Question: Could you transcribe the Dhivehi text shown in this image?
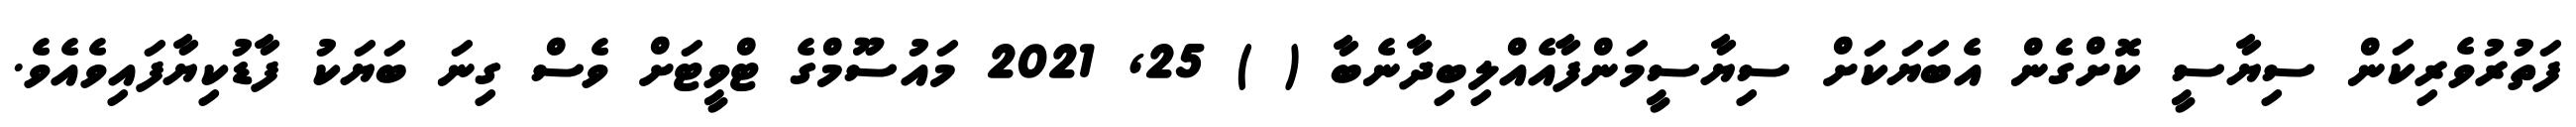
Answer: ފަތުރުވެރިކަން ސިޔާސީ ކޮށްގެން އެބަޔަކަށް ސިޔާސީމަންފާއެއްލިބިދާނެބާ ( ) 25, 2021 މައުސޫމްގެ ޓްވީޓަށް ވެސް ގިނަ ބަޔަކު ފާޑުކިޔާފައިވެއެވެ.